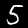
Label: 5